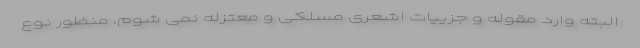
البته وارد مقوله و جزییات اشعری مسلکی و معتزله نمی شوم، منظور نوع